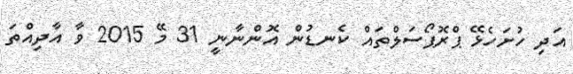
އަދި ހުށަހެޅޭ ޕްރޮޕޯސަލްތައް ކެނޑުން އޮންނާނީ 31 މޭ 2015 ވާ އާދިއްތަ